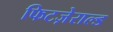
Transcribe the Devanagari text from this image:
फिटज़ेराल्ड